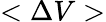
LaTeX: <\Delta V>